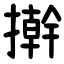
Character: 擀